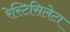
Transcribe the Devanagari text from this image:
रेस्टिसिलेटा